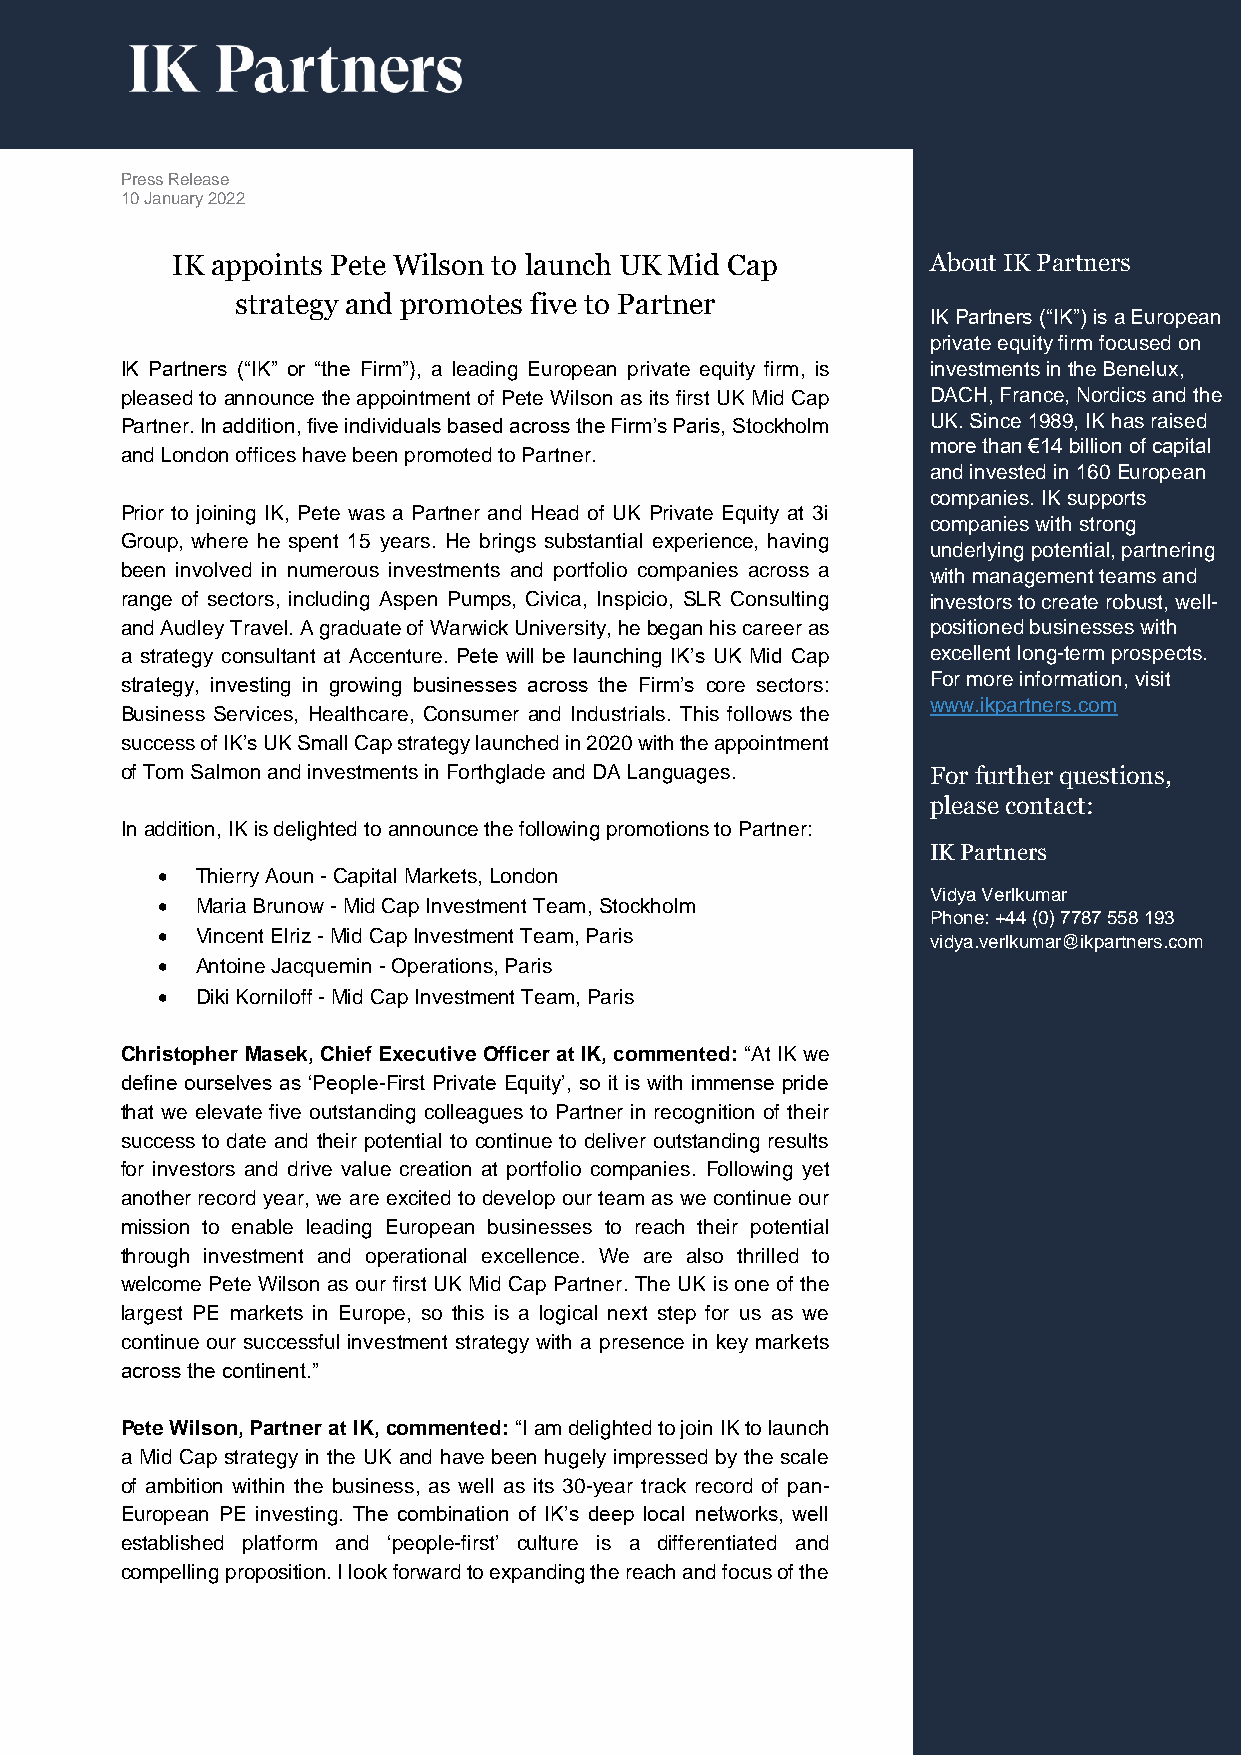
Press Release
 10 January 2022
 IK appoints Pete Wilson to launch UK Mid Cap       About IK Partners
 strategy and promotes five to Partner
 IK Partners (“IK”) is a European
 private equity firm focused on
 IK Partners (“IK” or “the Firm”), a leading European private equity firm, is investments in the Benelux,
 pleased to announce the appointment of Pete Wilson as its first UK Mid Cap DACH, France, Nordics and the
 Partner. In addition, five individuals based across the Firm’s Paris, Stockholm UK. Since 1989, IK has raised
 more than €14 billion of capital
 and London offices have been promoted to Partner.
 and invested in 160 European
 companies. IK supports
 Prior to joining IK, Pete was a Partner and Head of UK Private Equity at 3i
 companies with strong
 Group, where he spent 15 years. He brings substantial experience, having
 underlying potential, partnering
 been involved in numerous investments and portfolio companies across a with management teams and
 range of sectors, including Aspen Pumps, Civica, Inspicio, SLR Consulting investors to create robust, well-
 and Audley Travel. A graduate of Warwick University, he began his career as positioned businesses with
 a strategy consultant at Accenture. Pete will be launching IK’s UK Mid Cap excellent long-term prospects.
 strategy, investing in growing businesses across the Firm’s core sectors: For more information, visit
 www.ikpartners.com
 Business Services, Healthcare, Consumer and Industrials. This follows the
 success of IK’s UK Small Cap strategy launched in 2020 with the appointment
 of Tom Salmon and investments in Forthglade and DA Languages. For further questions,
 please contact:
 In addition, IK is delighted to announce the following promotions to Partner:
 IK Partners
 •  Thierry Aoun - Capital Markets, London
 Vidya Verlkumar
 •  Maria Brunow - Mid Cap Investment Team, Stockholm
 Phone: +44 (0) 7787 558 193
 •  Vincent Elriz - Mid Cap Investment Team, Paris   vidya.verlkumar@ikpartners.com
 •  Antoine Jacquemin - Operations, Paris
 •  Diki Korniloff - Mid Cap Investment Team, Paris
 Christopher Masek, Chief Executive Officer at IK, commented: “At IK we
 define ourselves as ‘People-First Private Equity’, so it is with immense pride
 that we elevate five outstanding colleagues to Partner in recognition of their
 success to date and their potential to continue to deliver outstanding results
 for investors and drive value creation at portfolio companies. Following yet
 another record year, we are excited to develop our team as we continue our
 mission to enable leading European businesses to reach their potential
 through investment and operational excellence. We are also thrilled to
 welcome Pete Wilson as our first UK Mid Cap Partner. The UK is one of the
 largest PE markets in Europe, so this is a logical next step for us as we
 continue our successful investment strategy with a presence in key markets
 across the continent.”
 Pete Wilson, Partner at IK, commented: “I am delighted to join IK to launch
 a Mid Cap strategy in the UK and have been hugely impressed by the scale
 of ambition within the business, as well as its 30-year track record of pan-
 European PE investing. The combination of IK’s deep local networks, well
 established platform and ‘people-first’ culture is a differentiated and
 compelling proposition. I look forward to expanding the reach and focus of the